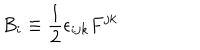
B _ { i } \equiv \frac { 1 } { 2 } \epsilon _ { i j k } F ^ { j k }